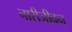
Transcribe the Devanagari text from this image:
नारीजीवन